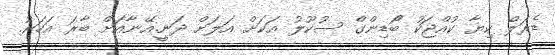
ޑެރަލް ކިޔާ ކުއްޖަކު ބޯޯޑިންގް ސުކޫލު އަކަށް އަލަށް ދަނީ.އޭނާއަށް ބާރަ އަހަރު.